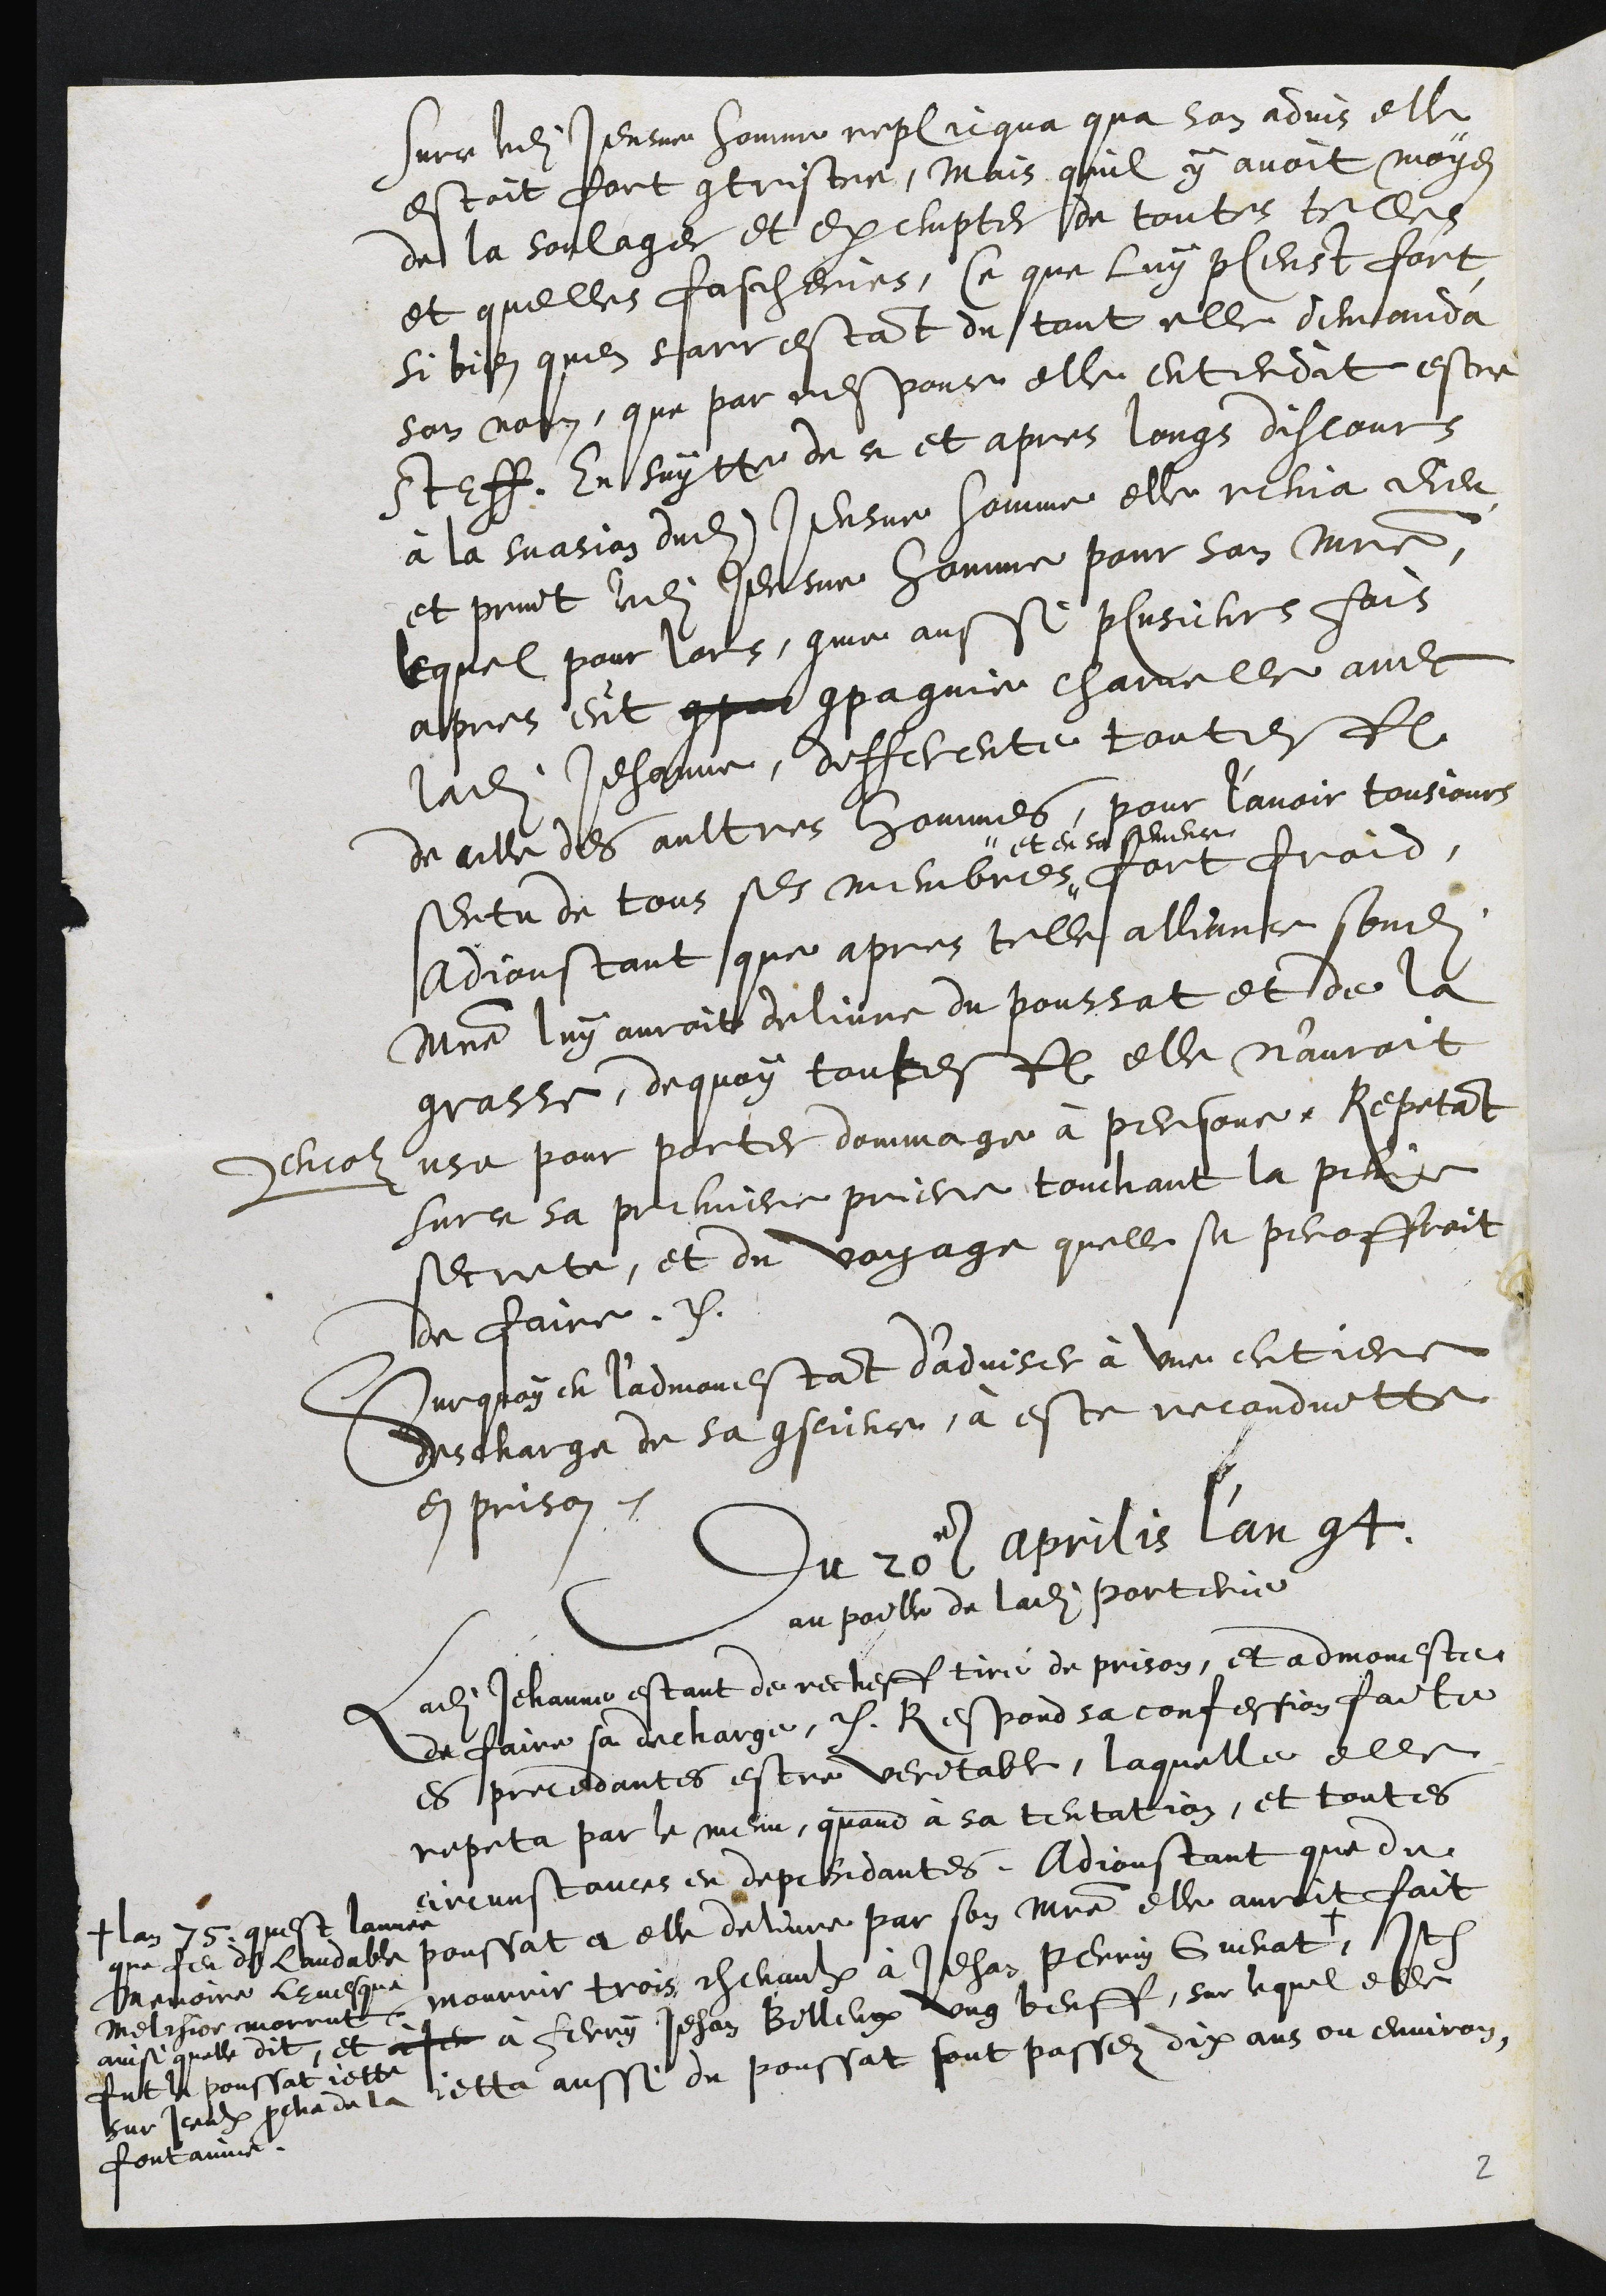
surce ledit Jeusne homme replicqua qua son advis elle
estoit fort contristre, Mais quil y avoit moyen
de la soulager et exempter de toutes telles
et quelles fascheries, Ce que luy pleust fort
si bien quen sarrestant du tout elle demanda
son nom, que par responce elle entendit estre
Steff En suytte de ce et apres longs discours
à la suasion dudit Jeusne homme elle renia dieu
et print ledit jeusne homme pour son maistre,
lequel pour lors, comme aussi plusieurs fois
apres eut compar compagnie charnelle avec
ladite Jehanne, differente toutesfois
de celle des aultres hommes, pour l’avoir tousjours
sentu de tous ses membres #
# et en sa semence
fort froid,
Adjoustant que apres telle alliance sondit
maistre luy auroit delivre du poussat et de la
grasse, dequoy toutesfois elle n'auroit
encor use pour porter dommage à personne, Repetant
surce sa premiere priere touchant la peine
secrete, et du voyage quelle se peroffroit
de faire.
Surquoy en l'admonestant d'adviser à une entiere
descharge de sa conscience, à este reconduitte
en prison.
Du 20e aprilis l'an 94
au poille de ladite porterie
Ladite Jehanne estant de recheff tiré de prison, et admoneste
de faire sa decharge, . Respond sa confession faite
es precedantes estre veritable, laquelle elle
repeta par le menu, quand à sa tentation, et toutes
circunstances en dependantes. Adjoustant que du
poussat à elle delivre par son maistre elle auroit fait
mourrir trois chevaulx à Jehan Perrin Guenat +
+ lan 75, quest l'annee
que feu de laudable
memoire levesque
Melchior morrut
ainsi quelle dit, et
fut le poussat jette
sur iceulx proche de la
fontainne.
Item
à Je à Ferry Jehan Billeux ung beuff, sur lequel elle
jetta aussi du poussat sont passez dix ans ou environ
2